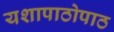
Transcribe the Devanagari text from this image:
यशापाठोपाठ